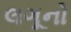
લગૂનો